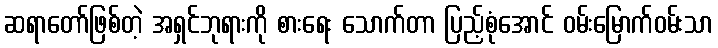
ဆရာတော်ဖြစ်တဲ့ အရှင်ဘုရားကို စားရေး သောက်တာ ပြည့်စုံအောင် ဝမ်းမြောက်ဝမ်းသာ